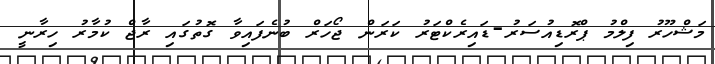
މަޝްހޫރު ފިލްމު ޕްރޮޑިއުސަރު-ޑައިރެކްޓަރު ކަރަން ޖޯހަރް ބުނެފައިވާ ގޮތުގައި ރާޖް ކުމާރު ހިރާނީ